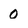
Character: 0